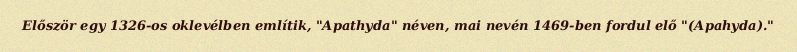
Először egy 1326-os oklevélben említik, "Apathyda" néven, mai nevén 1469-ben fordul elő "(Apahyda)."